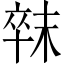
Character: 𣖛